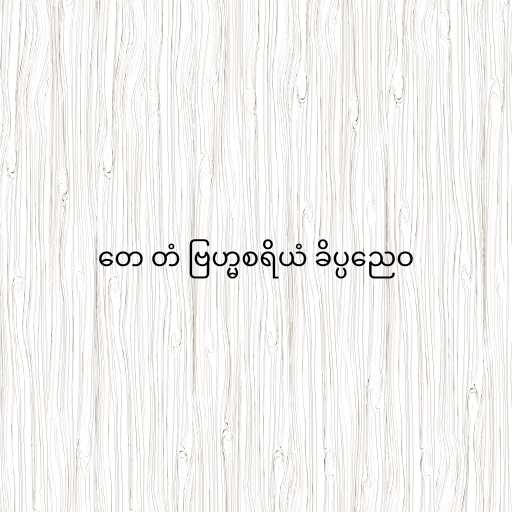
တေ တံ ဗြဟ္မစရိယံ ခိပ္ပညေဝ